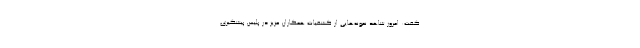
گفت: امروز شاهد نمونه‌هایی از کشفیات همکاران عزیز در پلیس پیشگیری